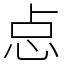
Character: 㤐